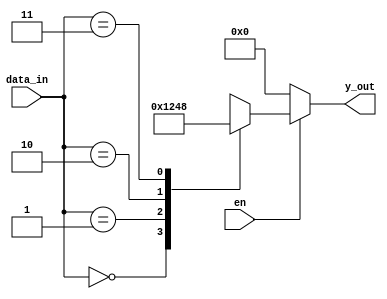
`timescale 1ns / 1ps
//////////////////////////////////////////////////////////////////////////////////
// Company: 
// Engineer: 
// 
// Design Name: 
// Module Name: decoder_2x4
// Project Name: 
// Target Devices: 
// Tool Versions: 
// Description: 
// 
// Dependencies: 
// 
// Revision:
// Revision 0.01 - File Created
// Additional Comments:
// 
//////////////////////////////////////////////////////////////////////////////////


module decoder_2x4(
    input [1:0] data_in,
    input en,
    output reg [3:0] y_out
    );
    
    always@(data_in)
        begin
            if(en)begin
            casex(data_in)
                2'd0: y_out= 4'b0001;
                2'd1: y_out= 4'b0010;
                2'd2: y_out= 4'b0100;
                2'd3: y_out= 4'b1000;
                    default: y_out= 4'b0000;
                    
             endcase       
             end else y_out= 4'b0000;       
        end
    
    
endmodule